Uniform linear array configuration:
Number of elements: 48
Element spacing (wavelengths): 0.75
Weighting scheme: hann
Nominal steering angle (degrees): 60
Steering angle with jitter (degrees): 59.618
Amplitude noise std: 0.05
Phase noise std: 0.05

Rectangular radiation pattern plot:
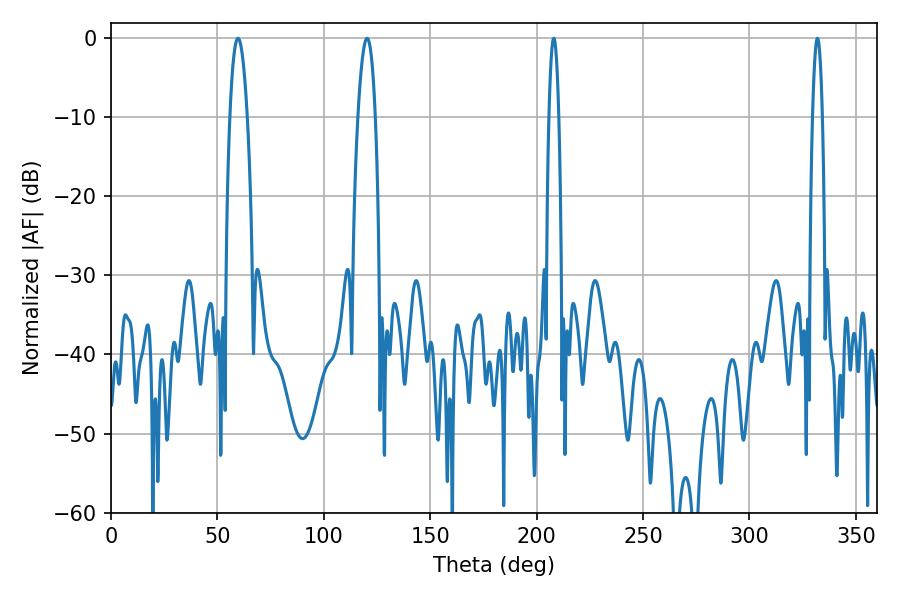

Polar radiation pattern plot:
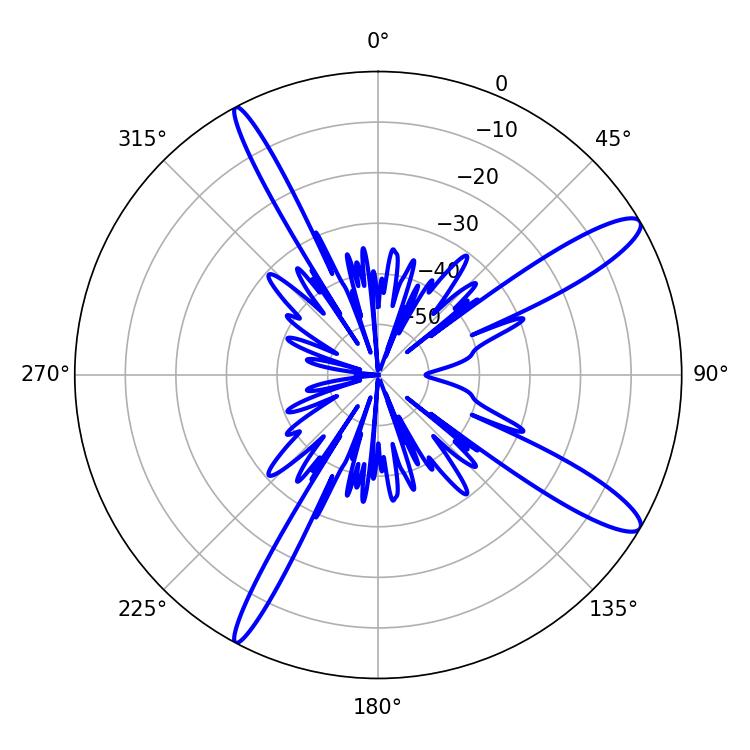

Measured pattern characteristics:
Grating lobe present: TRUE
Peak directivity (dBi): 12.934
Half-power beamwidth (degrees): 2.52
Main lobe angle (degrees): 208.08